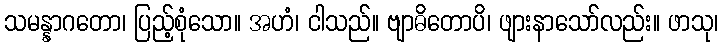
သမန္နာဂတော၊ ပြည့်စုံသော။ အဟံ၊ ငါသည်။ ဗျာဓိတောပိ၊ ဖျားနာသော်လည်း။ ဖာသု၊